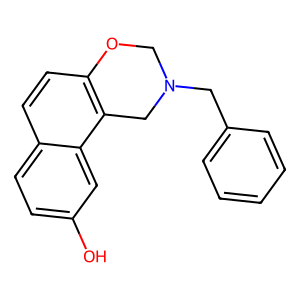
SMILES: Oc1ccc2ccc3c(c2c1)CN(Cc1ccccc1)CO3
Inhibits HIV replication: No